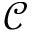
\mathcal { C }